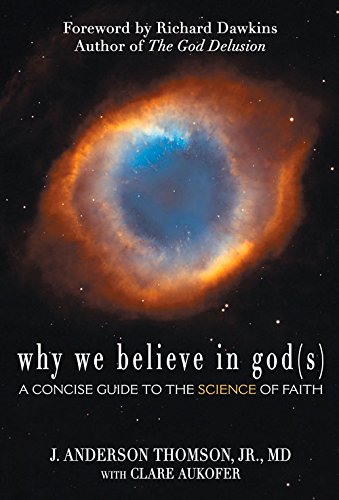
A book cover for Why We Believe in God(s): A Concise Guide to the Science of Faith; J. Anderson Thomson; Religion & Spirituality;